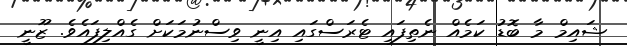
ޝައިމް މާ ބޮޑު ކަމެއް ނެތިފައި ޓެރަސްގައި އިނީ ވިސްނުމަކަށް ގެއްލިފައެވެ. ޒޫނީ